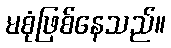
မစုံဖြစ်နေသည်။